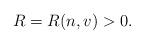
LaTeX: \begin{align*}R=R(n, v)>0.\end{align*}